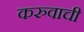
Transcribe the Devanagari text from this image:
करुवाची